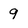
Character: 9